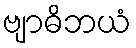
ဗျာဓိဘယံ